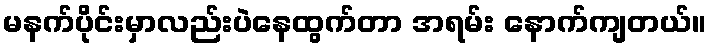
မနက်ပိုင်းမှာလည်းပဲနေထွက်တာ အရမ်း နောက်ကျတယ်။